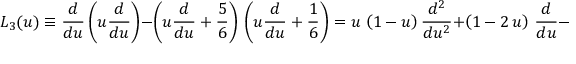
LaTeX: L _ { 3 } ( u ) \equiv \frac { d } { d u } \left( u \frac { d } { d u } \right) - \left( u \frac { d } { d u } + \frac { 5 } { 6 } \right) \, \left( u \frac { d } { d u } + \frac { 1 } { 6 } \right) = u \, \left( 1 - u \right) \frac { d ^ { 2 } } { d u ^ { 2 } } + \left( 1 - 2 \, u \right) \, \frac { d } { d u } - \frac { 5 } { 3 6 }